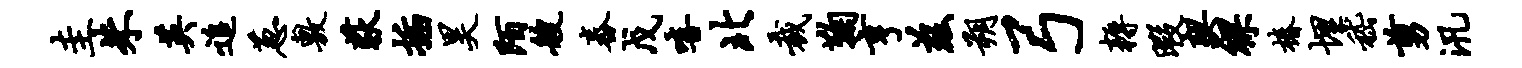
圭朱英追葱敷荻插昊陌艘舂戊嘻北裁鞠亨兹朔弓耨暇契裸椿埋嵇剪汛